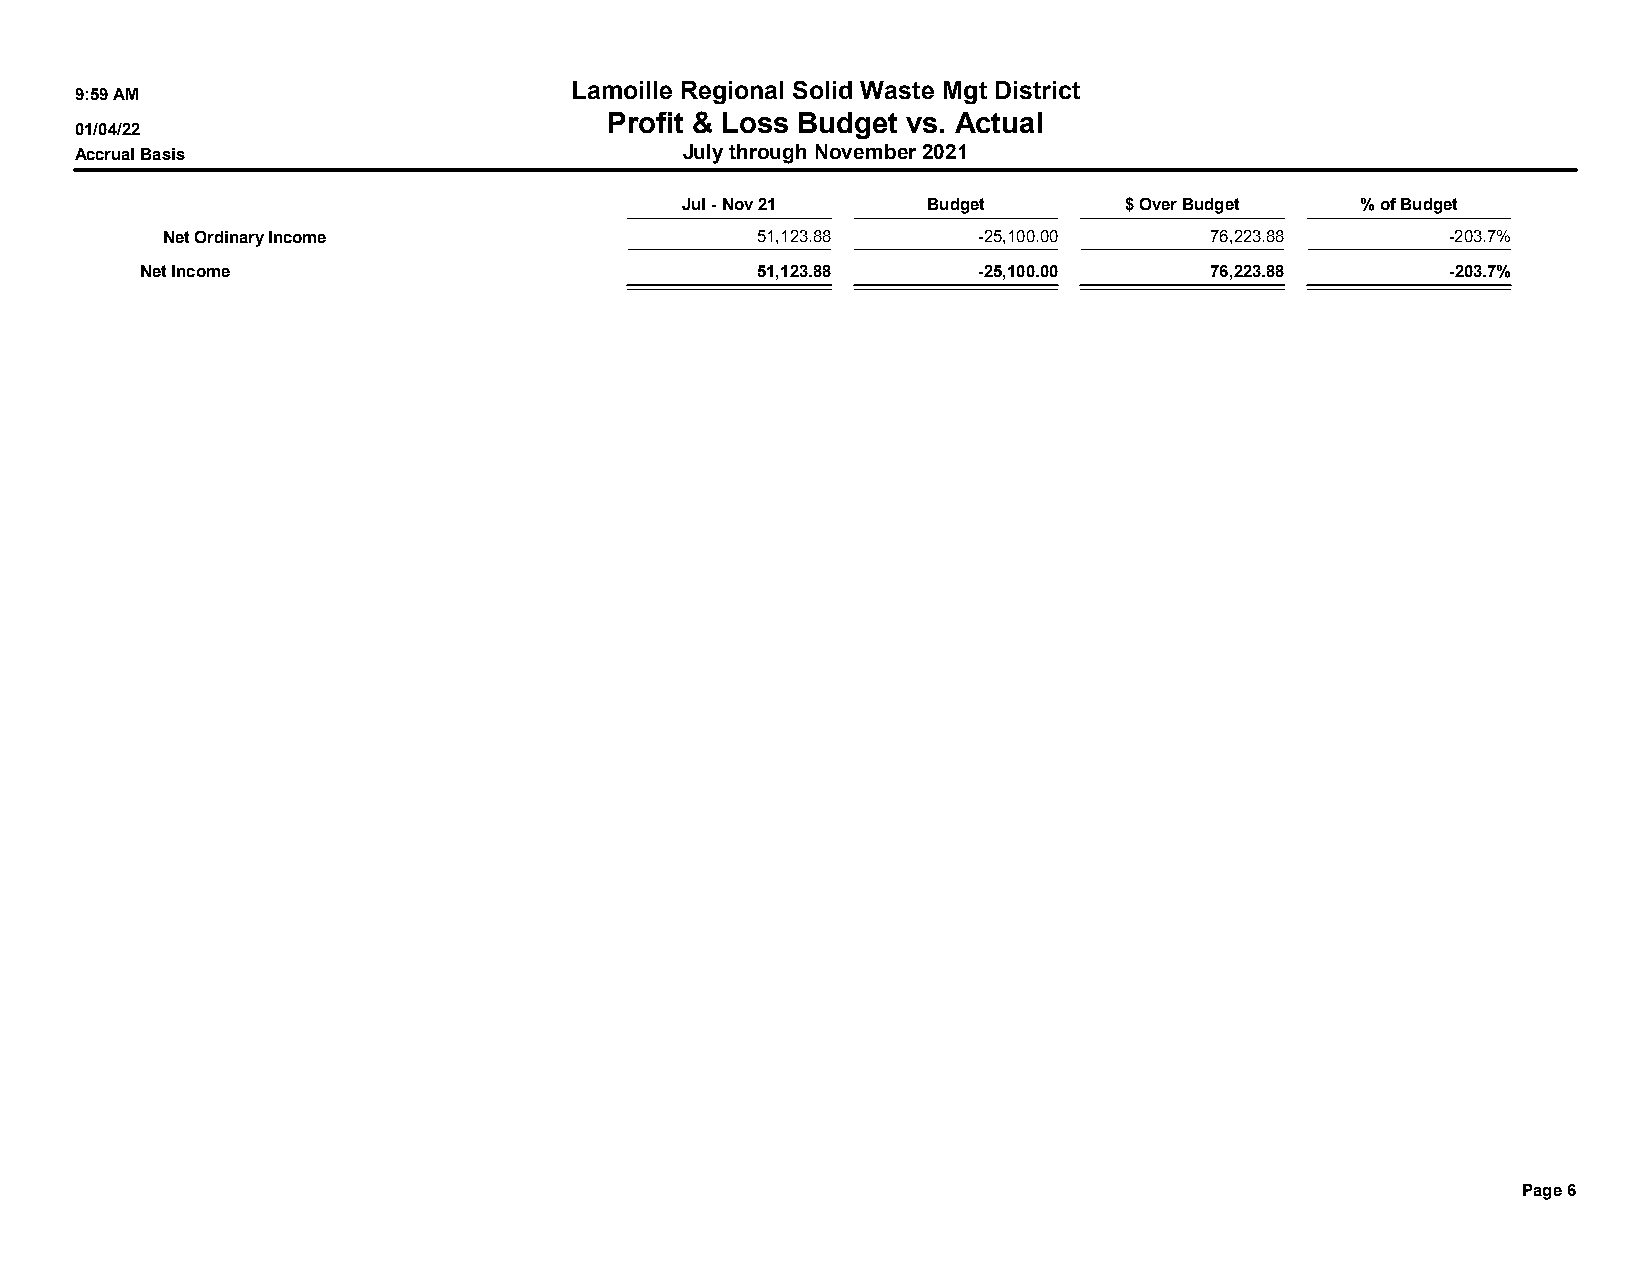
Lamoille Regional Solid Waste Mgt District
 9:59 AM
 Profit & Loss Budget vs. Actual
 01/04/22
 Accrual Basis                           July through November 2021
 Jul - Nov 21    Budget       $ Over Budget   % of Budget
 Net Ordinary Income                    51,123.88      -25,100.00     76,223.88       -203.7%
 Net Income                               51,123.88      -25,100.00     76,223.88       -203.7%
 Page 6